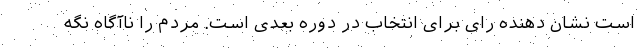
است نشان دهنده رای برای انتخاب در دوره بعدی است. مردم را ناآگاه نگه